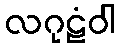
လဂုဠံဝါ